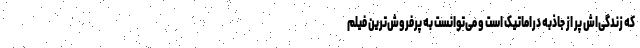
که زندگی‌اش پر از جاذبه دراماتیک است و می‌توانست به پرفروش‌ترین فیلم